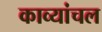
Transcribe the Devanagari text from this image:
काव्यांचल